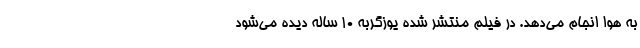
به هوا انجام می‌دهد. در فیلم منتشر شده یوزگربه ۱۰ ساله دیده می‌شود